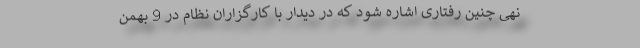
نهی چنین رفتاری اشاره شود که در دیدار با کارگزاران نظام در 9 بهمن